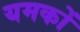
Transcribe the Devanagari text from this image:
यमकों